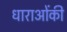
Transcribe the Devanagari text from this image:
धाराओंकी